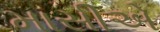
માસીએ